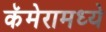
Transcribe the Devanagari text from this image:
कॅमेरामध्ये